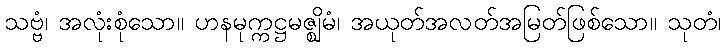
သဗ္ဗံ၊ အလုံးစုံသော။ ဟနမုက္ကဋ္ဌမဇ္ဈိမံ၊ အယုတ်အလတ်အမြတ်ဖြစ်သော။ သုတံ၊